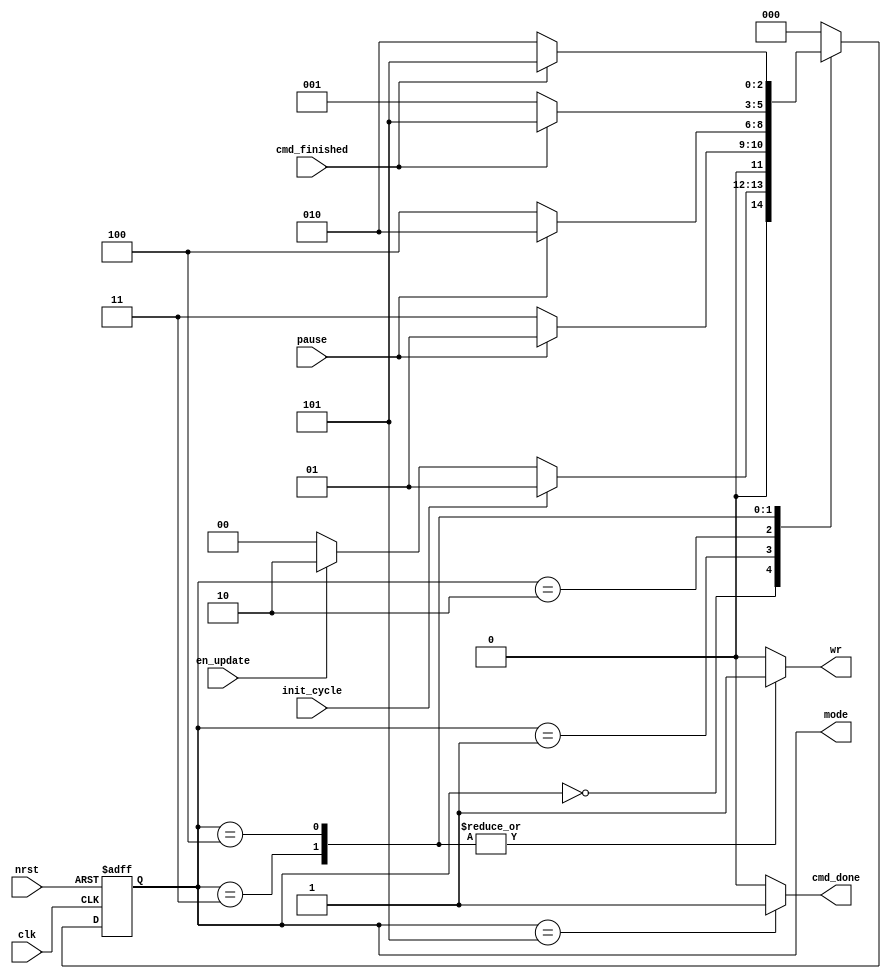
`default_nettype none
module t09_update_controller (
	init_cycle,
	en_update,
	clk,
	nrst,
	cmd_finished,
	pause,
	cmd_done,
	wr,
	mode
);
	reg _sv2v_0;
	input wire init_cycle;
	input wire en_update;
	input wire clk;
	input wire nrst;
	input wire cmd_finished;
	input wire pause;
	output reg cmd_done;
	output reg wr;
	output wire [2:0] mode;
	reg [2:0] current;
	reg [2:0] next;
	wire [8:0] count;
	reg [8:0] next_count;
	always @(posedge clk or negedge nrst)
		if (~nrst)
			current <= 3'd0;
		else
			current <= next;
	always @(*) begin
		if (_sv2v_0)
			;
		wr = 1'b0;
		next_count = count;
		cmd_done = 1'b0;
		case (current)
			3'd0:
				if (init_cycle)
					next = 3'd1;
				else if (en_update)
					next = 3'd2;
				else
					next = 3'd0;
			3'd1:
				if (pause)
					next = 3'd1;
				else
					next = 3'd3;
			3'd2:
				if (pause)
					next = 3'd2;
				else
					next = 3'd4;
			3'd3: begin
				wr = 1'b1;
				if (cmd_finished)
					next = 3'd5;
				else
					next = 3'd1;
			end
			3'd4: begin
				wr = 1'b1;
				if (cmd_finished)
					next = 3'd5;
				else
					next = 3'd2;
			end
			3'd5: begin
				next = 3'd0;
				cmd_done = 1'b1;
			end
			default: next = 3'd0;
		endcase
	end
	assign mode = current;
	initial _sv2v_0 = 0;
endmodule